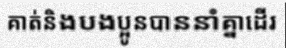
គាត់និងបងប្អូនបាននាំគ្នាដើរ